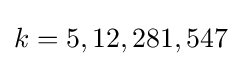
k=5,12,281,547